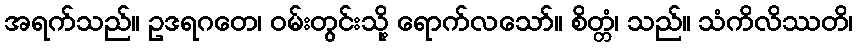
အရက်သည်။ ဥဒရဂတေ၊ ဝမ်းတွင်းသို့ ရောက်လသော်။ စိတ္တံ၊ သည်။ သံကိလိဿတိ၊